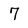
Character: 7